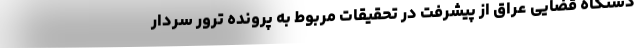
دستگاه قضایی عراق از پیشرفت در تحقیقات مربوط به پرونده ترور سردار